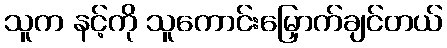
သူက နင့်ကို သူကောင်းမြှောက်ချင်တယ်